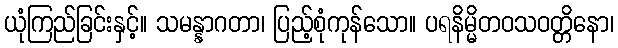
ယုံကြည်ခြင်းနှင့်။ သမန္နာဂတာ၊ ပြည့်စုံကုန်သော။ ပရနိမ္မိတဝသဝတ္တိနော၊